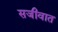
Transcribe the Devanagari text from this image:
सजीवात